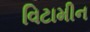
વિટામીન